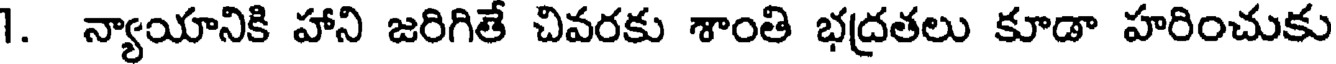
1. న్యాయానికి హాని జరిగితే చివరకు శాంతి భద్రతలు కూడా హరించుకు